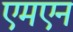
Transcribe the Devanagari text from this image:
एमएन